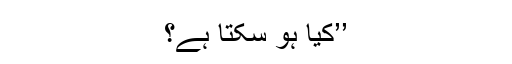
’’کیا ہو سکتا ہے؟